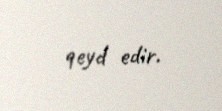
qeyd edir.